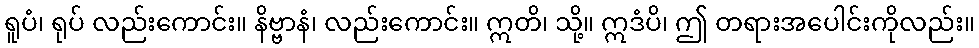
ရူပံ၊ ရုပ် လည်းကောင်း။ နိဗ္ဗာနံ၊ လည်းကောင်း။ ဣတိ၊ သို့။ ဣဒံပိ၊ ဤ တရားအပေါင်းကိုလည်း။